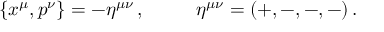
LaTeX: \{ x ^ { \mu } , p ^ { \nu } \} = - \eta ^ { \mu \nu } \, , ~ ~ ~ ~ ~ ~ ~ ~ \eta ^ { \mu \nu } = ( + , - , - , - ) \, .